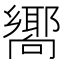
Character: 𪢞